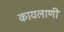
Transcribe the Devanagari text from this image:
कायलाणी